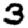
Digit: 3